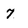
Character: 7